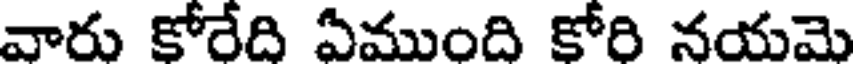
వారు కోరేది ఏముంది కోరి నయమె